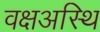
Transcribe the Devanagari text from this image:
वक्षअस्थि